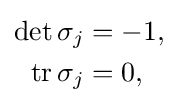
{\begin{aligned}\det \sigma _{j}&=-1,\\\operatorname {tr} \sigma _{j}&=0,\end{aligned}}